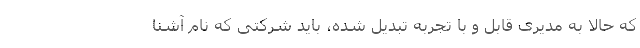
که حالا به مدیری قابل و با تجربه تبدیل شده، باید شرکتی که نام آشنا